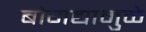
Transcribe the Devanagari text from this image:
बोगद्यामुळे